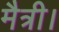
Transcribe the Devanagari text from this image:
मैत्री।